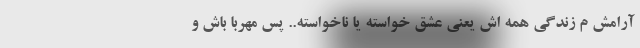
آرامش م زندگي همه اش یعني عشق خواسته یا ناخواسته.. پس مهربا باش و